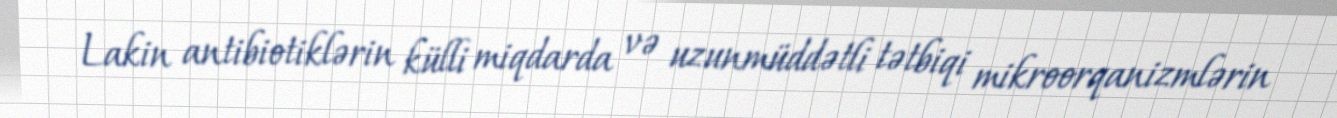
Lakin antibiotiklərin külli miqdarda və uzunmüddətli tətbiqi mikroorqanizmlərin